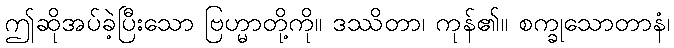
ဤဆိုအပ်ခဲ့ပြီးသော ဗြဟ္မာတို့ကို။ ဒဿိတာ၊ ကုန်၏။ စက္ခုသောတာနံ၊